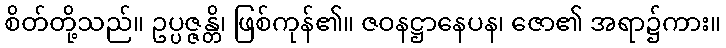
စိတ်တို့သည်။ ဥပ္ပဇ္ဇန္တိ၊ ဖြစ်ကုန်၏။ ဇဝနဋ္ဌာနေပန၊ ဇော၏ အရာ၌ကား။